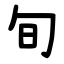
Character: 旬